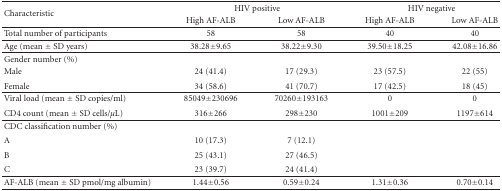
| <ROWSPAN=2> Characteristic | <COLSPAN=2> HIV positive | <COLSPAN=2> HIV negative |
 | High AF-ALB | Low AF-ALB | High AF-ALB | Low AF-ALB |
 | --- | --- | --- | --- | --- |
 | Total number of participants | 58 | 58 | 40 | 40 |
 | Age (mean ± SD years) | 38.28 ± 9.65 | 38.22 ± 9.30 | 39.50 ± 18.25 | 42.08 ± 16.86 |
 | Gender number (%) |  |  |  |  |
 | Male | 24 (41.4) | 17 (29.3) | 23 (57.5) | 22 (55) |
 | Female | 34 (58.6) | 41 (70.7) | 17 (42.5) | 18 (45) |
 | Viral load (mean ± SD copies/ml) | 85049 ± 230696 | 70260 ± 193163 | 0 | 0 |
 | CD4 count (mean ± SD cells/μL) | 316 ± 266 | 298 ± 230 | 1001 ± 209 | 1197 ± 614 |
 | CDC classification number (%) |  |  |  |  |
 | A | 10 (17.3) | 7 (12.1) |  |  |
 | B | 25 (43.1) | 27 (46.5) |  |  |
 | C | 23 (39.7) | 24 (41.4) |  |  |
 | AF-ALB (mean ± SD pmol/mg albumin) | 1.44 ± 0.56 | 0.59 ± 0.24 | 1.31 ± 0.36 | 0.70 ± 0.14 |